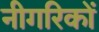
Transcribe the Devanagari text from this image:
नीगरिकों